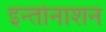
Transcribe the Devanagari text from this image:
इन्तोनाशन